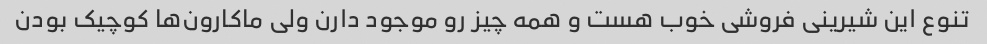
تنوع این شیرینی فروشی خوب هست و همه چیز رو موجود دارن ولی ماکارون‌ها کوچیک بودن